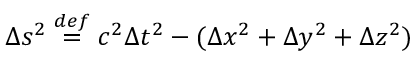
\Delta s ^ { 2 } \; { \overset { d e f } { = } } \; c ^ { 2 } \Delta t ^ { 2 } - ( \Delta x ^ { 2 } + \Delta y ^ { 2 } + \Delta z ^ { 2 } )